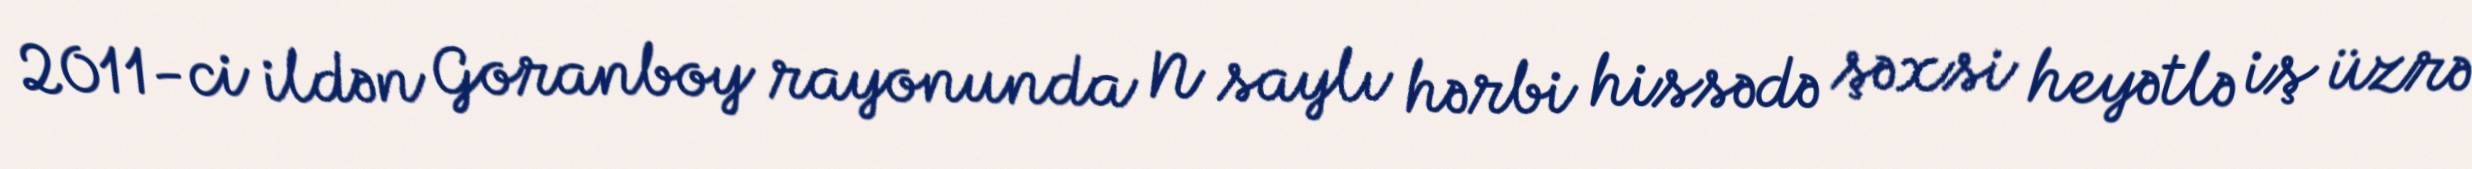
2011-ci ildən Goranboy rayonunda N saylı hərbi hissədə şəxsi heyətlə iş üzrə